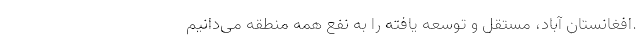
.افغانستان آباد، مستقل و توسعه یافته را به نفع همه منطقه می‌دانیم